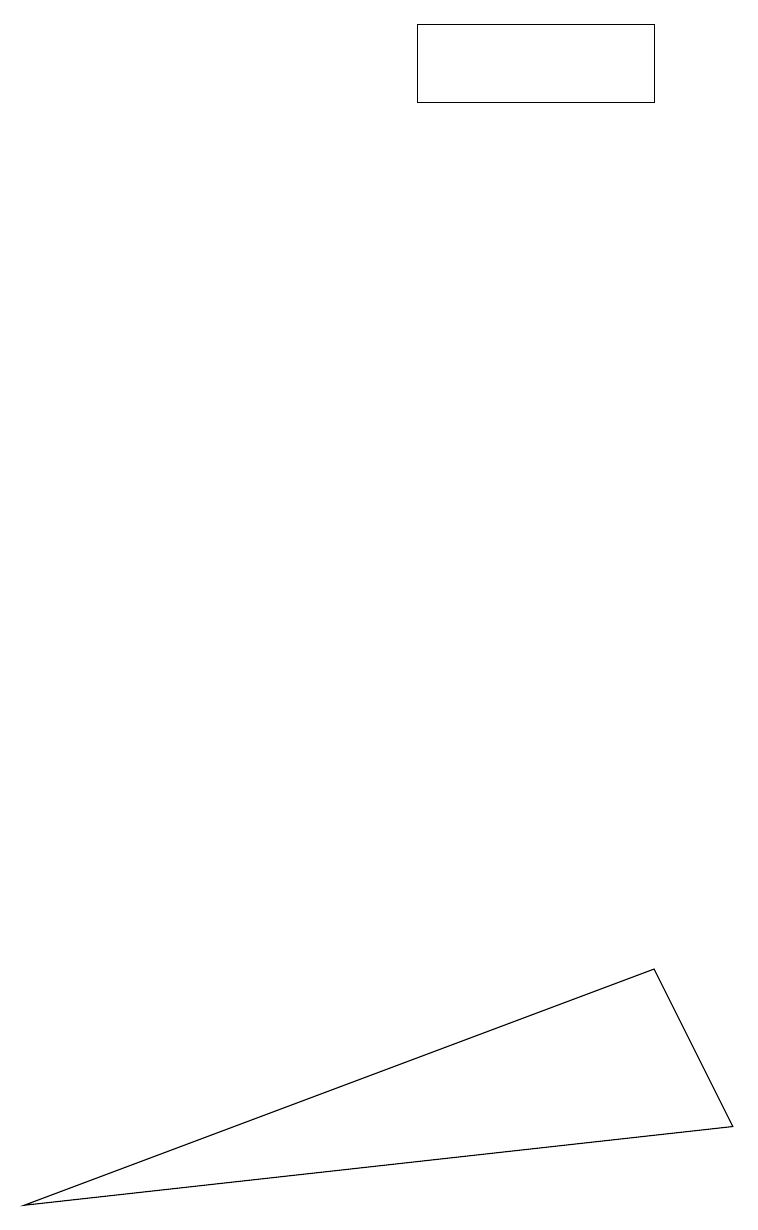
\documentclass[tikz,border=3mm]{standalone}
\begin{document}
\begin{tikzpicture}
\draw (0,15) rectangle (0,15);
\draw (8,19) rectangle (5,18);
\draw (9,5) -- (8,7) -- (0,4) -- cycle;
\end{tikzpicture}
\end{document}